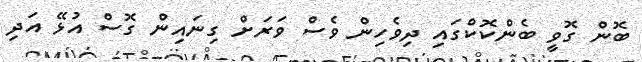
ބޮން ގޮވީ ބެންކޮކްގައި ދިވެހިން ވެސް ވަރަށް ގިނައިން ގޮސް އުޅޭ އަދި